Civil Veterinary Dept. Bombay admin report 1923-31 - 1923-1931
Year: 1923
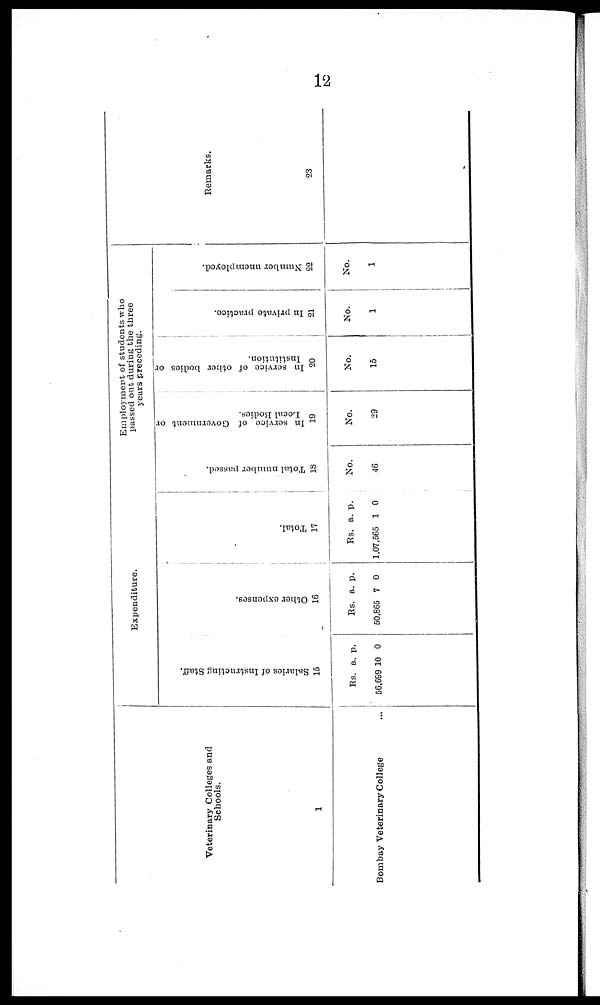
12
Veterinary Colleges and
Schools.
1
Bombay Veterinary College ...
Expenditure.
Sal ar i
es of I ns t
r uct i
ng St af f .
1
Rs.
56,699
5
a.
10
p.
0
Ot her e xpe ns e s .
1
Rs.
50,865
6
a.
7
p.
0
Tot al .
17
Rs.
1,07,565
a.
1
p.
0
Total number passed.
18
No.
46
Employment of students who
passed out during the three
years preceding.
In service of Government or
Local Bodies.
19
No.
29
In service of other bodies or
Institution.
20
No.
15
In private practice.
21
No.
1
Number unemployed.
22
No.
1
Remarks.
23